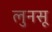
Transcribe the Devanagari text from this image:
लुनसू